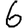
Digit: 6